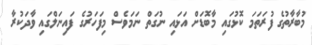
މުބާރާތުގެ ފުރަތަމަ ކޮޅުގައި މާބޮޑަށް އަޅައި ނުގަތް ނަމަވެސް މިފަހަރުގެ ފައިނަލްގައި ވާދަކުރާ